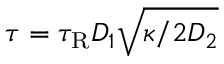
\tau = \tau _ { \mathrm { R } } D _ { 1 } \sqrt { \kappa / 2 D _ { 2 } }